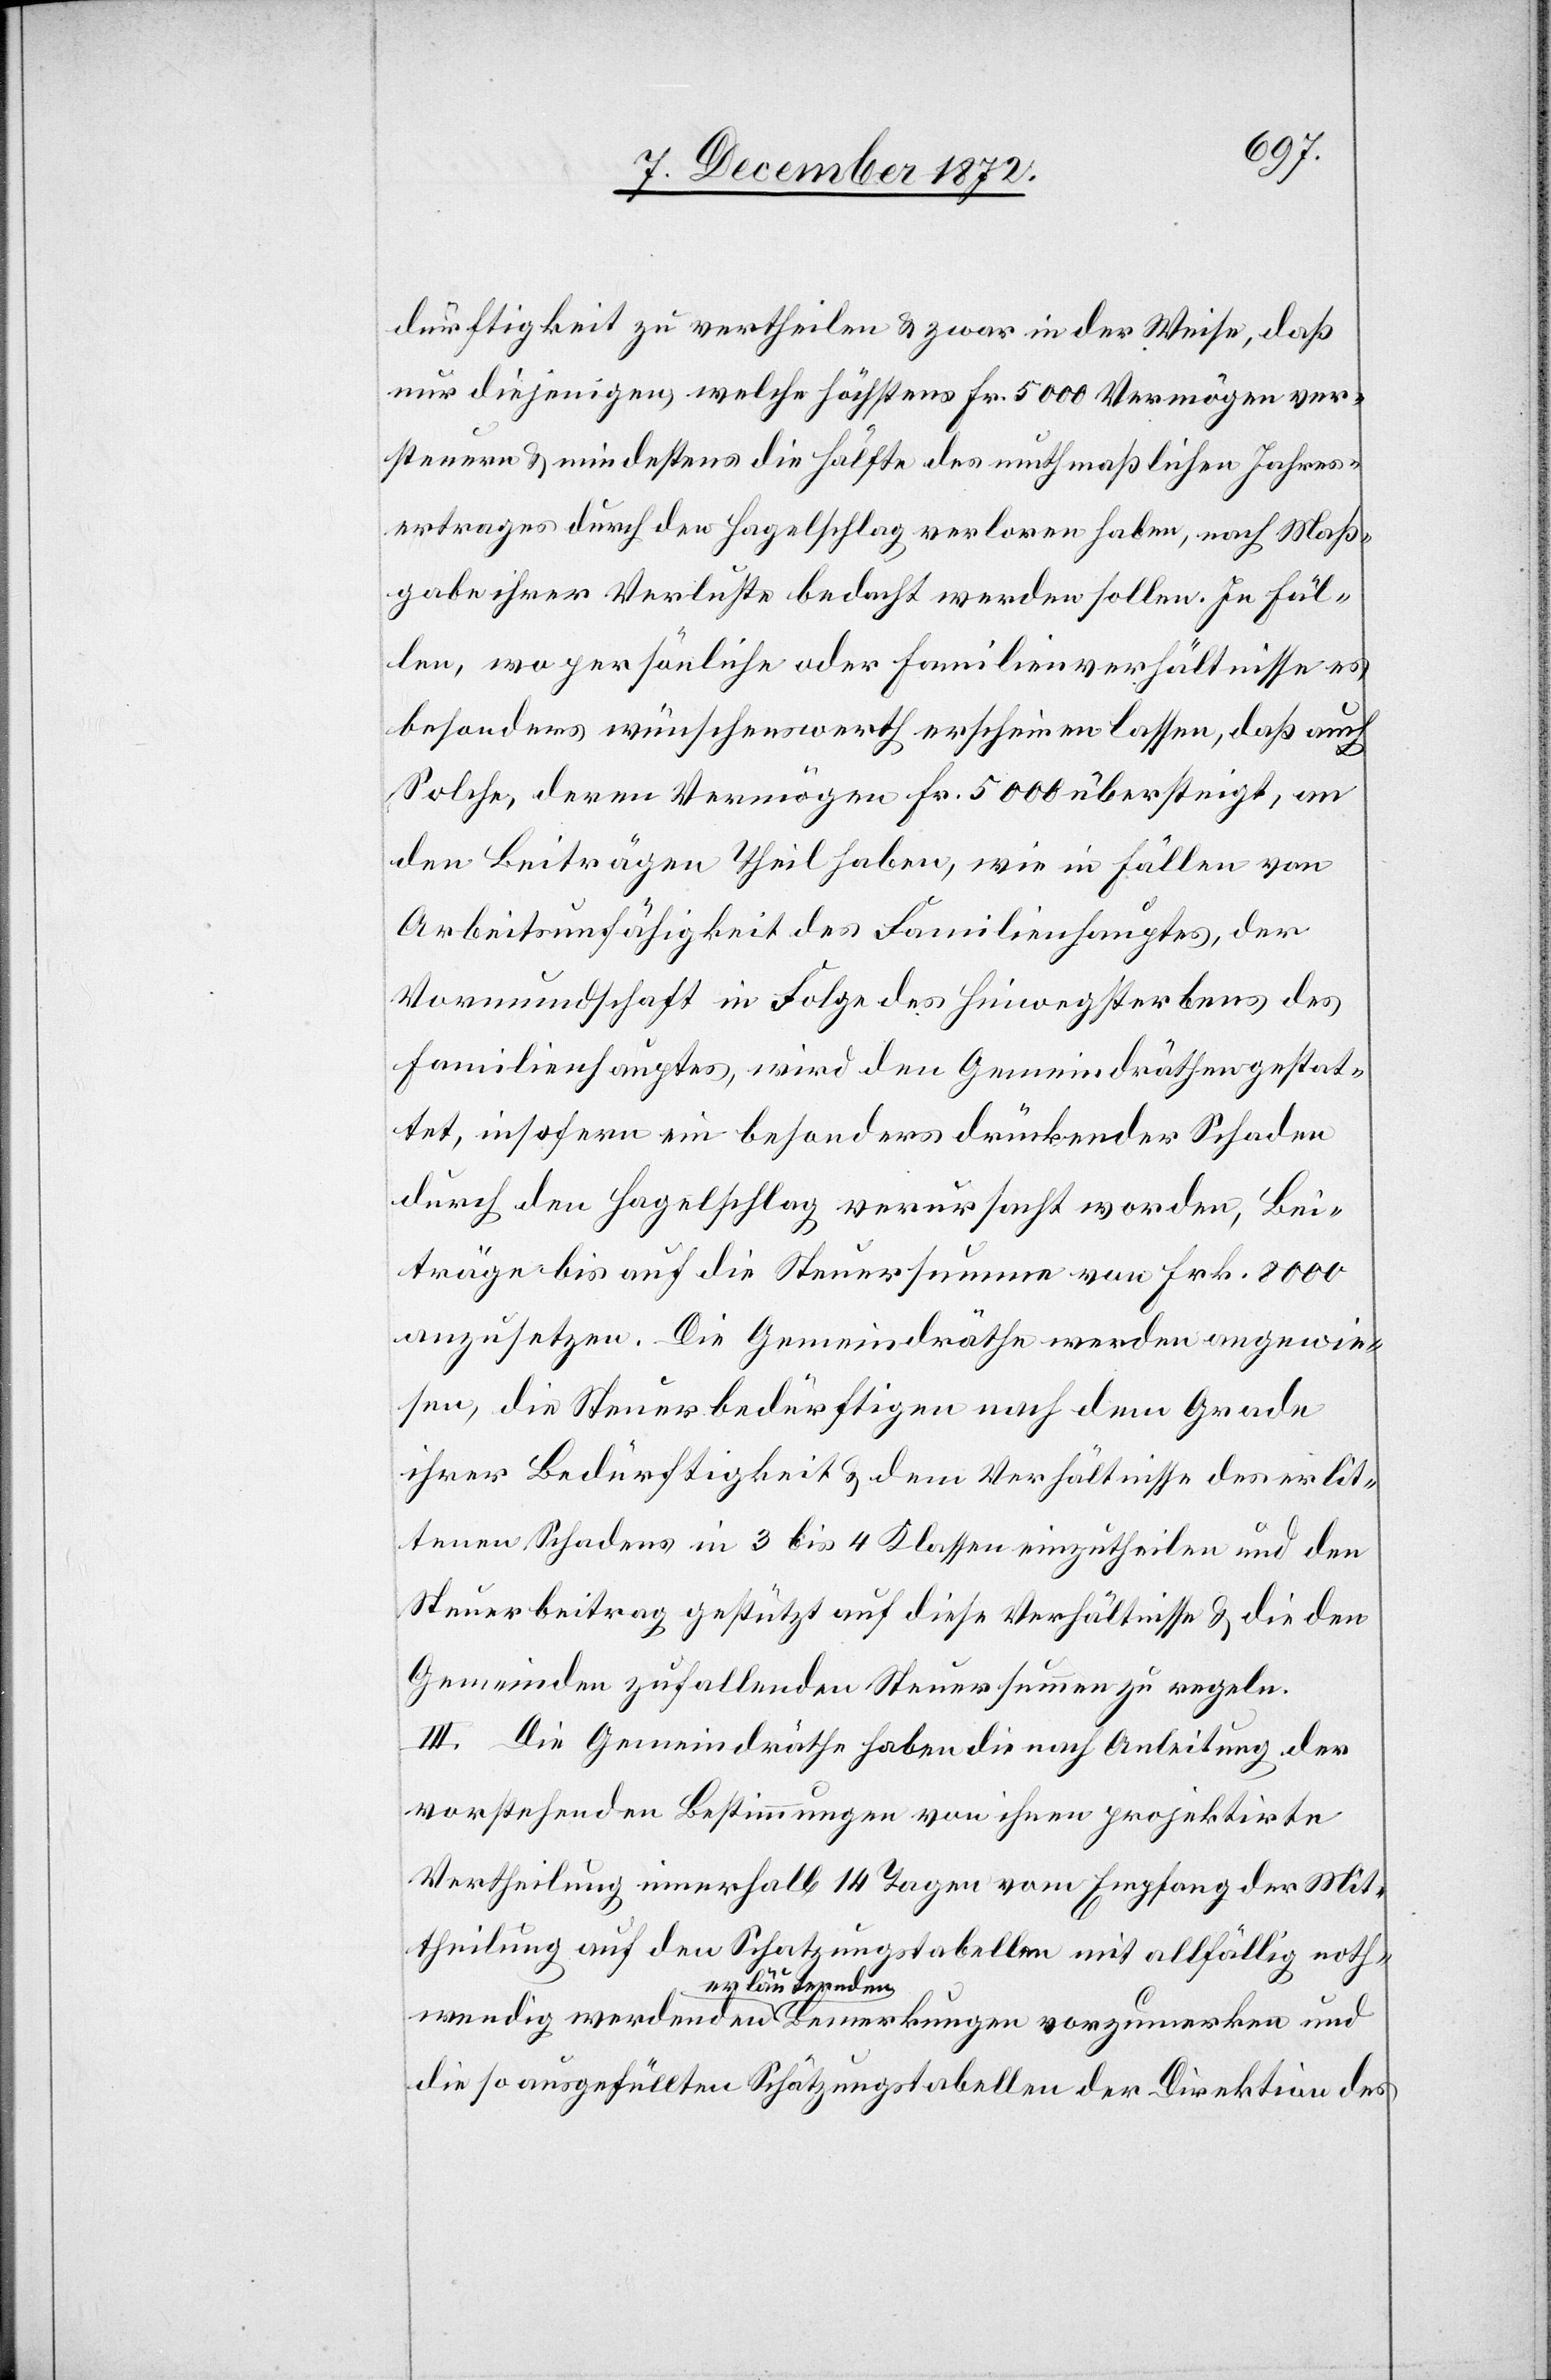
dürftigkeit zu vertheilen u. zwar in der Weise, daß
nur diejenigen welche höchstens Fr. 5000 Vermögen ver¬
steuern u. mindestens die Hälfte des muthmaßlichen Jahres¬
ertrages durch den Hagelschlag verloren haben, nach Maß¬
gabe ihrer Verluste bedacht werden sollen. In Fäl¬
len wo persönliche oder Familienverhältnisse es
besonders wünschenswerth erscheinen lassen, daß auch
Solche, deren Vermögen Fr. 5000 übersteigt, an
den Beiträgen Theil haben, wie in Fällen von
Arbeitsunfähigkeit des Familienhauptes, der
Vormundschaft in Folge des Hinwegsterbens des
Familienhauptes, wird den Gemeindräthen gestat¬
tet, insofern ein besonders drückender Schaden
durch den Hagelschlag verursacht worden, Bei¬
träge bis auf die Steuersumme von Frk. 8000
anzusetzen. Die Gemeindräthe werden angewie¬
sen, die Steuerbedürftigen nach dem Grade
ihrer Bedürftigkeit u. dem Verhältnisse des erlit¬
tenen Schadens in 3 bis 4 Klassen einzutheilen und den
Steuerbeitrag gestützt auf diese Verhältnisse u. die den
Gemeinden zufallenden Steuersummen zu regeln.
III. Die Gemeindräthe haben die nach Anleitung der
vorstehenden Bestimmungen von ihnen projektirte
Vertheilung innerhalb 14 Tagen vom Empfang der Mit¬
theilung auf den Schatzungstabellen mit allfällig noth¬
wendig werdenden erläuternden Bemerkungen vorzumerken und
die so ausgefüllten Schätzungstabellen der Direktion des